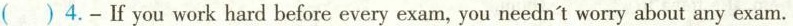
( ) 4.-If you work hard before every exam,